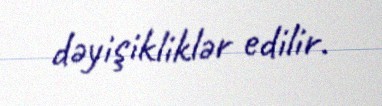
dəyişikliklər edilir.